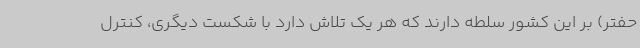
حفتر) بر این کشور سلطه دارند که هر یک تلاش دارد با شکست دیگری، کنترل